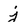
Character: j